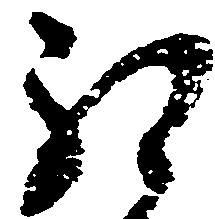
ほ